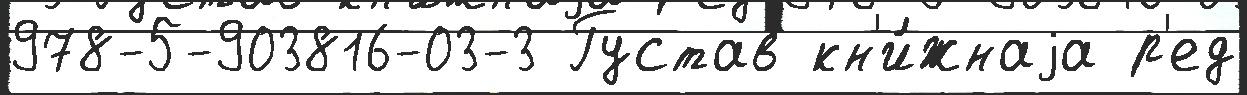
978-5-903816-03-3 Густав кн'и́жнаjа р'ед